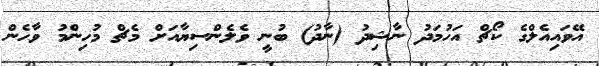
އޭވައިއެލްގެ ކޯޗް އަހުމަދު ނާޝިދު (ނާދު) ބުނީ ވެލެންސިޔާއަށް މެޗް މުހިންމު ވާހެން